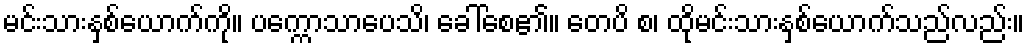
မင်းသားနှစ်ယောက်ကို။ ပက္ကောသာပေသိ၊ ခေါ်စေ၏။ တေပိ စ၊ ထိုမင်းသားနှစ်ယောက်သည်လည်း။